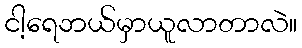
ငါ့ရေဘယ်မှာယူလာတာလဲ။